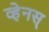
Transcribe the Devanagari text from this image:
व्हेनस्